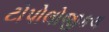
ટોપોલોજીકલ